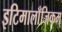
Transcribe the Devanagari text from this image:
इटिमालाँजिकम्